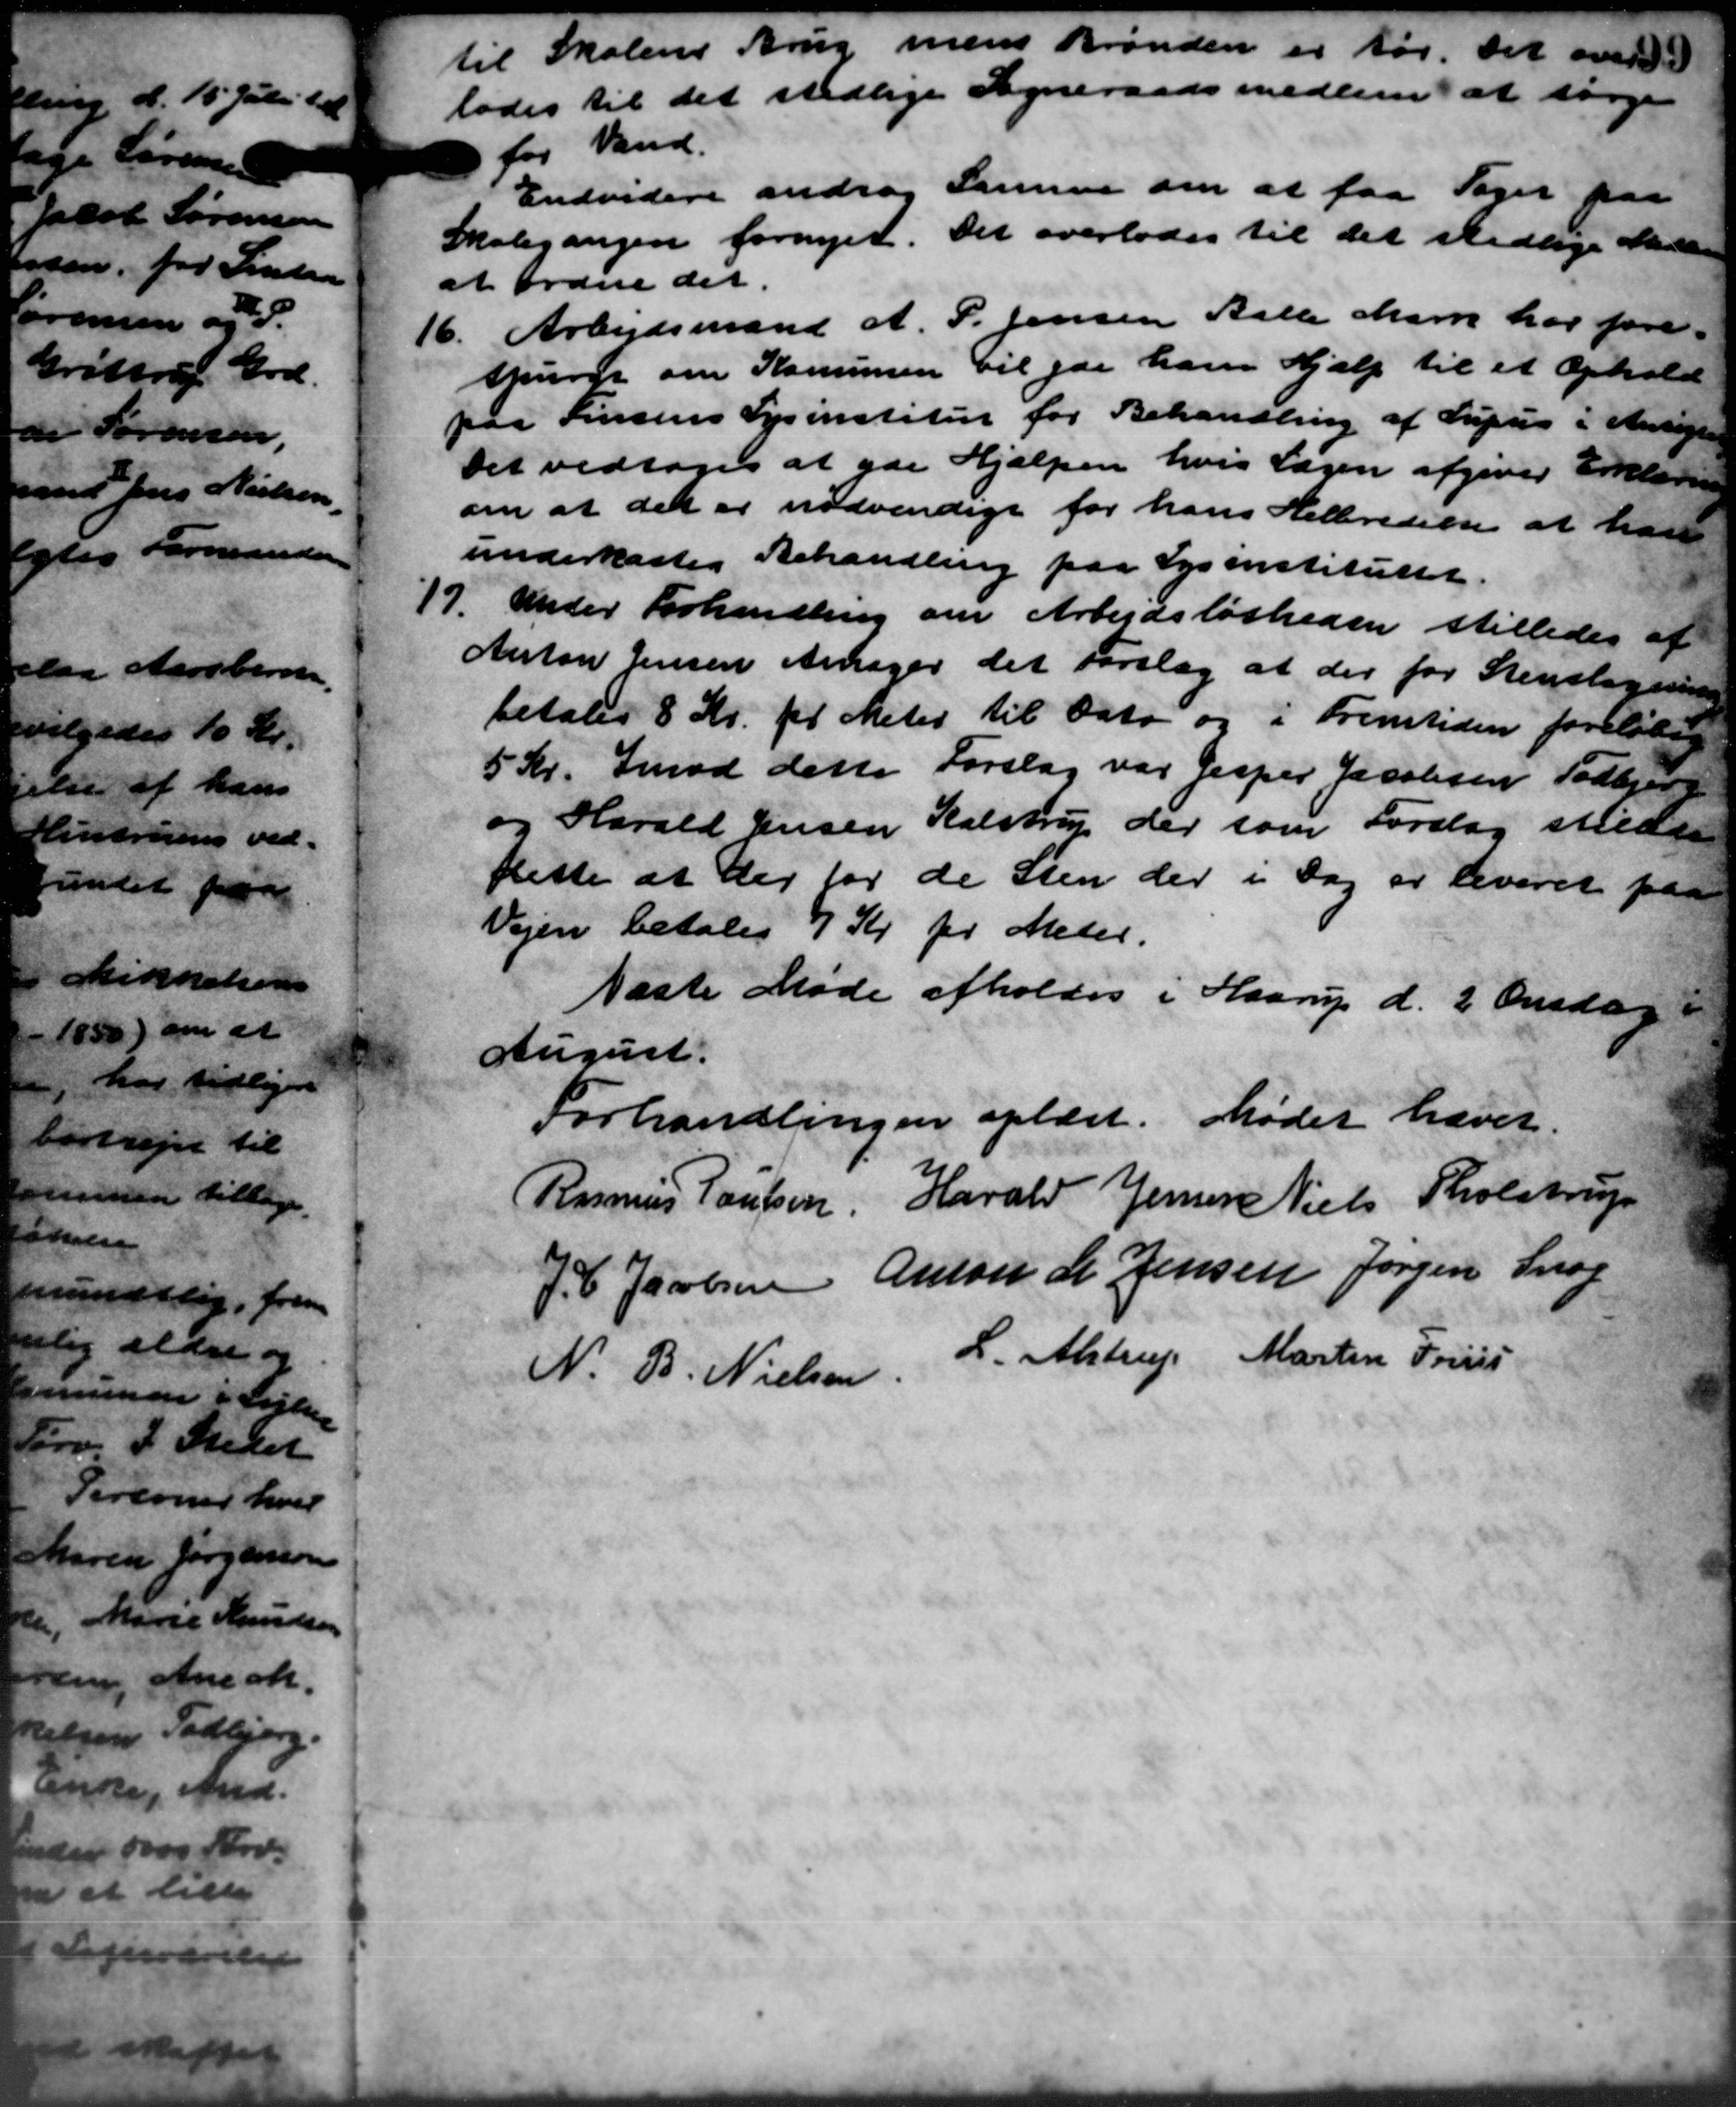
Transskription:
til Skolens Brug mens Brønden er tør. Det over
lades til det stedlige Sogneraadsmedlem at sørge
for Vand.
Endvidere androg Sanner om at faa Sager paa
Skolegangen fornyet. Det overlodes til det vedlige Manden
at ordne det.
16. Arbejdsmand A. P. Jensen Balle Marie har føre
16. Arbejdsmand A. P. Jensen Balle Marie har føre
spurgt om Komunen vil yde ham Hjælp til et Ophold
paa Finsens Lysinstitut for Behandling af Supuis i Antegne
Det vedtoges at yde Hjælpen hvis Sagen afgiver Erklæring
om at det er nødvendige for hans Helbredelse at han
underkaste Behandling paa Lysinstituttet.
17.
Ander Forhandling om Arbejdsløsheden stilledes af
Anton Jensen Ansager det Forslag at der for Stensligning
betales 8 Kr. pr. Meter til Dato og i Fremtiden foreløbig
5 Kr. Imod dette Forslag var Jesper Jacobsen Todbjerg
og Harald Jensen Kalstrup der som Forslag stillede
flette at der for de Sten der i Dag er leveret paa
Vejen betales 7 Kr pr Meter.
Næste Møde afholdes i Haarup d. 2 Onsdag i
August.
Forhandlingen oplæst. Mødet hævet
Rasmus Poulsen Harald Jensen Niels Tholstrup
P Jacobsen Anton L. Jensen Jørgen Snog
7
N. B. Nielsen, L. Alstrup Martin Friis